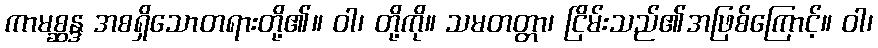
ကာမစ္ဆန္ဒ အစရှိသောတရားတို့၏။ ဝါ၊ တို့ကို။ သမတတ္တာ၊ ငြိမ်းသည်၏အဖြစ်ကြောင့်။ ဝါ၊